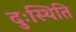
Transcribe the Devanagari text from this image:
दुःस्थिति